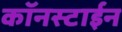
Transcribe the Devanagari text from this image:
कॉनस्टाईन